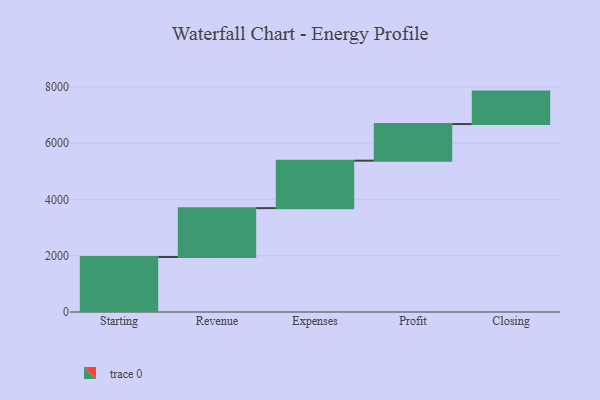
{"axis": {"x": "Step", "y": "Value"}, "legend": [""], "data": [{"x": "Starting", "y": 1954.0, "type": ""}, {"x": "Revenue", "y": 1736.0, "type": ""}, {"x": "Expenses", "y": 1686.0, "type": ""}, {"x": "Profit", "y": 1301.0, "type": ""}, {"x": "Closing", "y": 1153.0, "type": ""}]}